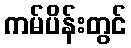
ကမ်ပိန်းတွင်